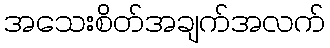
အသေးစိတ်အချက်အလက်